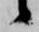
候